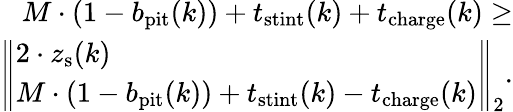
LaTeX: \begin{array}{r}{M\cdot(1-b_{\mathrm{pit}}(k))+t_{\mathrm{stint}}(k)+t_{\mathrm{charge}}(k)\geq}\\ {\left\Vert\begin{array}{l}{2\cdot z_{\mathrm{s}}(k)}\\ {M\cdot(1-b_{\mathrm{pit}}(k))+t_{\mathrm{stint}}(k)-t_{\mathrm{charge}}(k)}\end{array}\right\Vert_{2}.}\end{array}